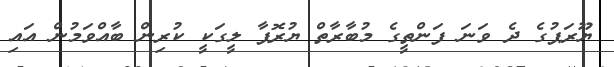
ޔޫރަޕުގެ ދެ ވަނަ ފަންތީގެ މުބާރާތް ޔުރޮޕާ ލީގަކީ ކުރިން ބާއްވަމުން އައި